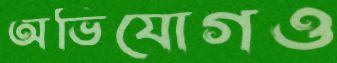
অভিযোগও